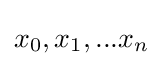
x_{0},x_{1},...x_{n}